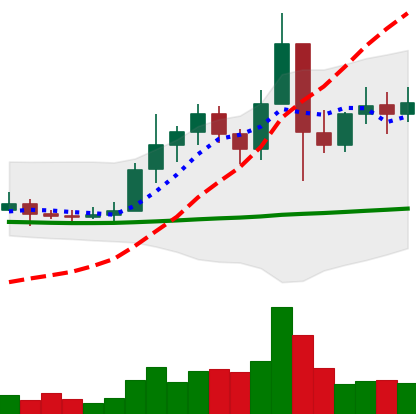
Ticker: ETC-USD
Chart end date: 2021-01-16
Forward return: -8.913%
Label: down_7plus